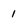
Character: 1